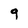
Character: q